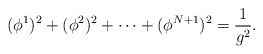
\begin{align*}(\phi^1)^2+(\phi^2)^2+\cdots +(\phi^{N+1})^2=\frac{1}{g^2}.\end{align*}